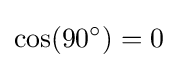
\cos(90^{\circ })=0